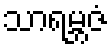
သာရမ္ဘဇံ